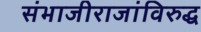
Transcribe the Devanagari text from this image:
संभाजीराजांविरुद्ध